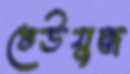
ঢেউযুদ্ধ